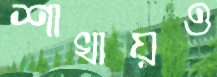
শাখায়ও